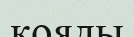
кояды